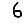
Digit: 6